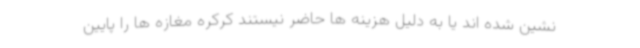
نشین شده اند یا به دلیل هزینه ها حاضر نیستند کرکره مغازه ها را پایین